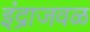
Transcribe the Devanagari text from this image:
इंद्राजवळ